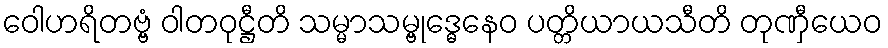
ဝေါဟရိတဗ္ဗံ ဝါတဝုဋ္ဌီတိ သမ္မာသမ္ဗုဒ္ဓေနေဝ ပတ္တိယာယသီတိ တုဏှီယေဝ